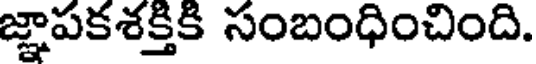
జ్ఞాపకశక్తికి సంబంధించింది.